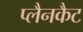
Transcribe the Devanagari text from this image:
प्लैनकैट